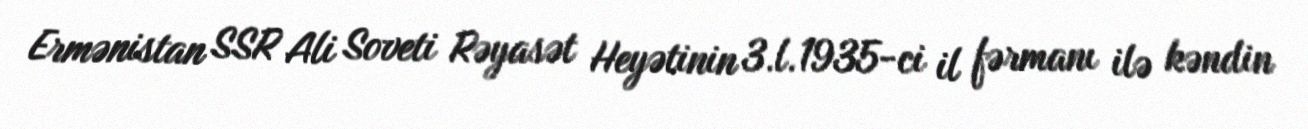
Ermənistan SSR Ali Soveti Rəyasət Heyətinin 3.l.1935-ci il fərmanı ilə kəndin